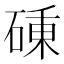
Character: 𥔝